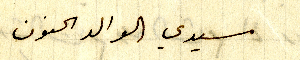
سيدي الوالد الحنون